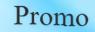
Promo